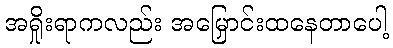
အရှိုးရာကလည်း အမြှောင်းထနေတာပေါ့